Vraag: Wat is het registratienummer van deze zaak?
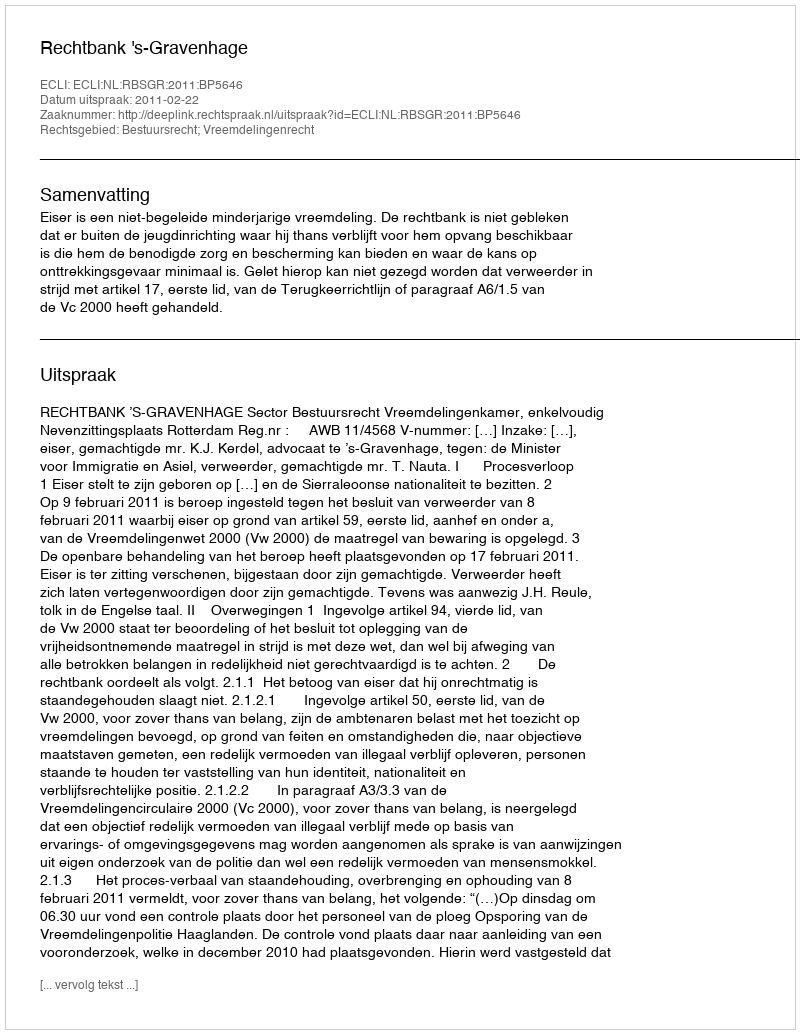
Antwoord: http://deeplink.rechtspraak.nl/uitspraak?id=ECLI:NL:RBSGR:2011:BP5646